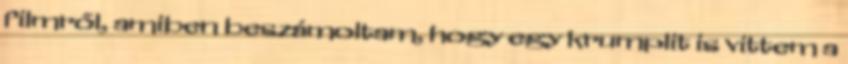
filmről, amiben beszámoltam, hogy egy krumplit is vittem a